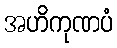
အဟိကုဏပံ